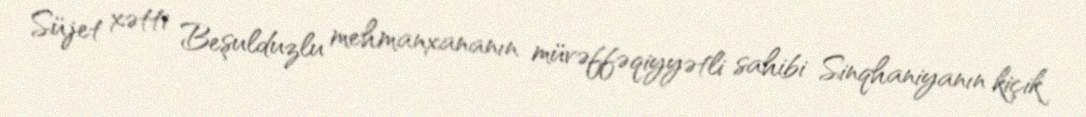
Süjet xətti Beşulduzlu mehmanxananın müvəffəqiyyətli sahibi Sinqhaniyanın kiçik